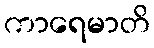
ကာရေမာတိ